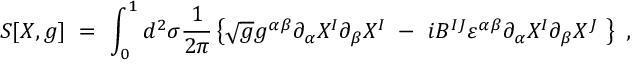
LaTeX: S [ X , g ] \ = \ \int _ { 0 } ^ { 1 } d ^ { 2 } \sigma \frac { 1 } { 2 \pi } \left\{ \sqrt { g } g ^ { \alpha \beta } \partial _ { \alpha } X ^ { I } \partial _ { \beta } X ^ { I } \ - \ i B ^ { I J } \varepsilon ^ { \alpha \beta } \partial _ { \alpha } X ^ { I } \partial _ { \beta } X ^ { J } \ \right\} \ ,